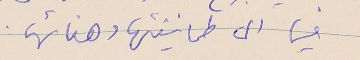
فيها الى طمانينتها وهنائها.